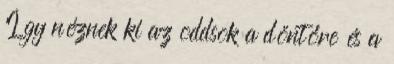
Így néznek ki az oddsok a döntőre és a